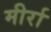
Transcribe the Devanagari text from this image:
मीर्रा